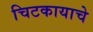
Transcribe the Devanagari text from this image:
चिटकायाचे